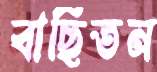
বাছিতন